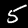
Digit: 5